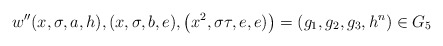
\begin{align*}w''(x,\sigma ,a,h),(x,\sigma ,b,e),\left(x^2,\sigma \tau,e,e)\right)=\left(g_1,g_2,g_3,h^{n}\right)\in G_5\end{align*}